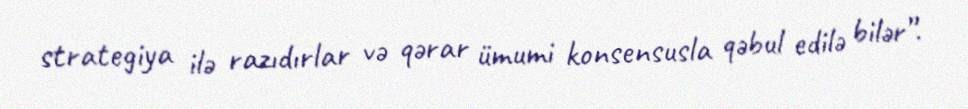
strategiya ilə razıdırlar və qərar ümumi konsensusla qəbul edilə bilər”.